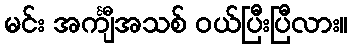
မင်း အင်္ကျီအသစ် ဝယ်ပြီးပြီလား။